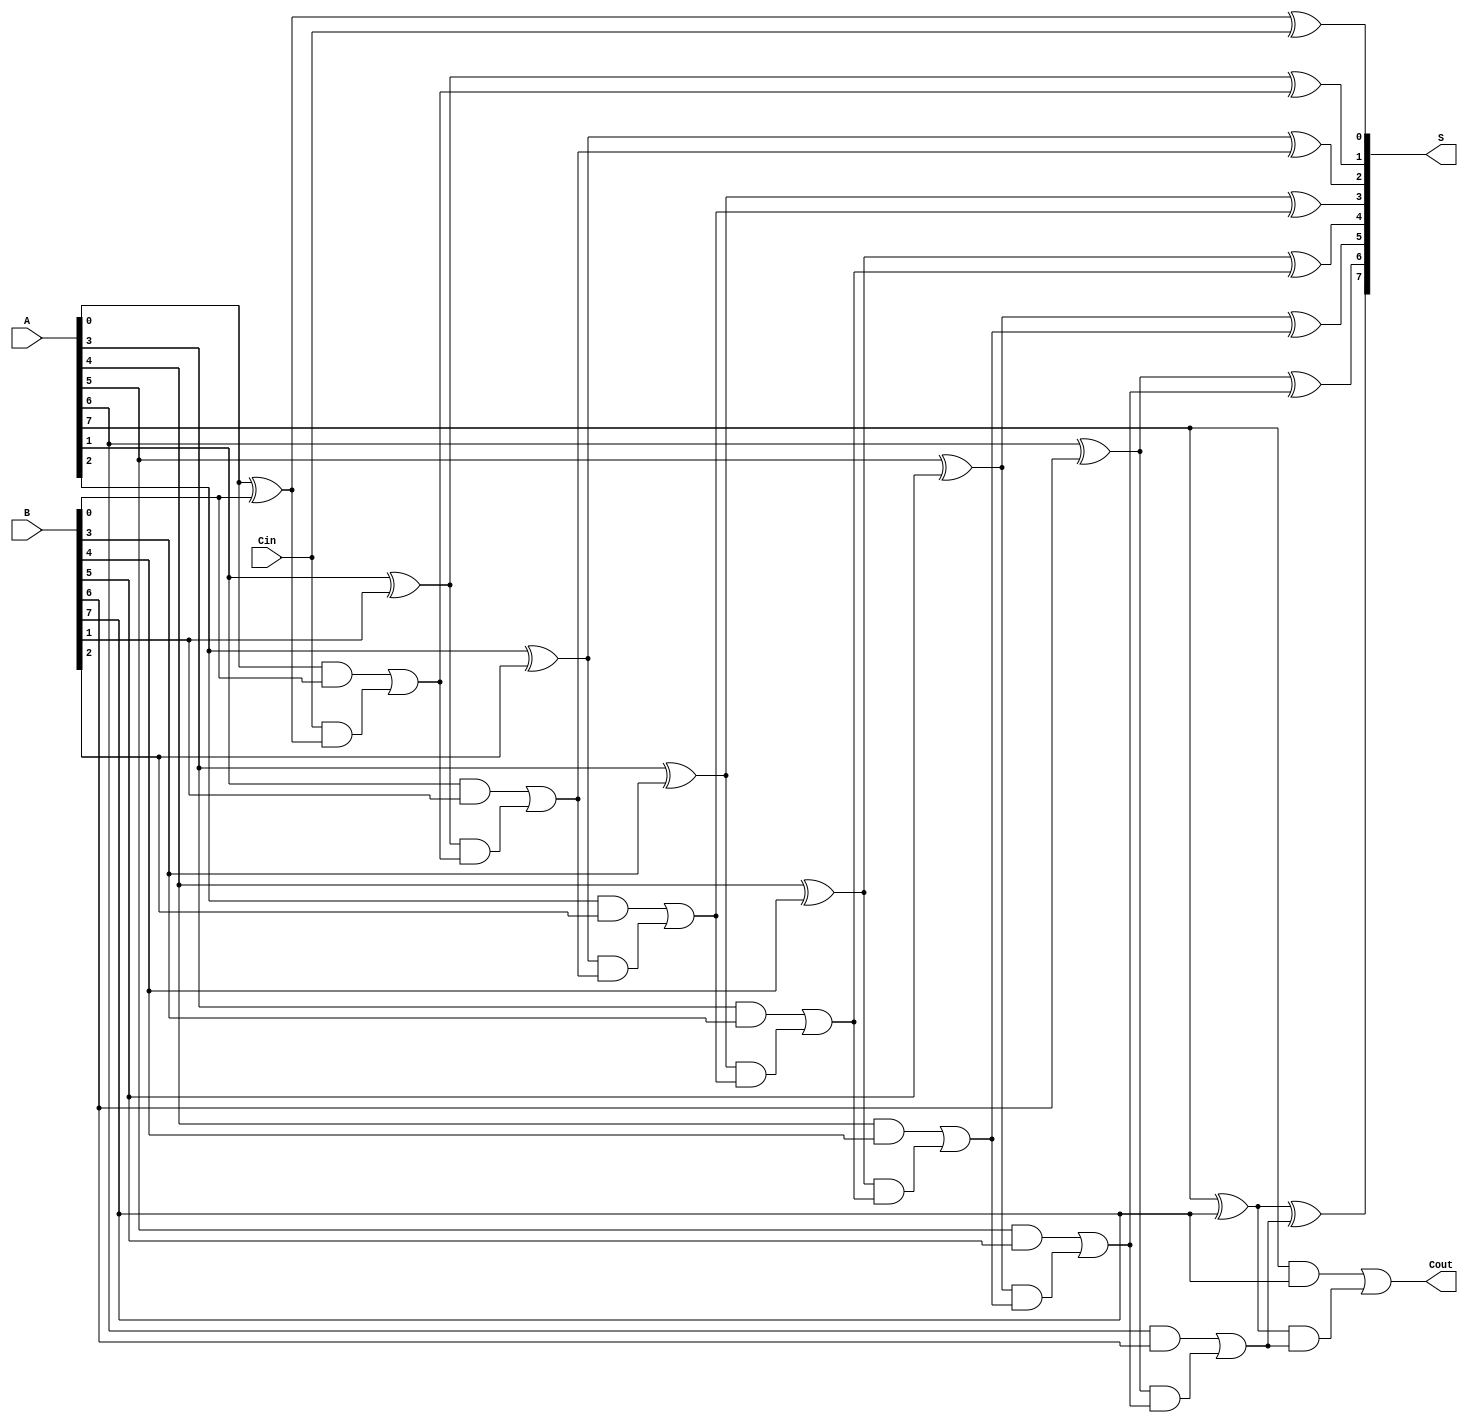
module han_carlson_adder #(parameter N = 8) (
    input  [N-1:0] A,        // First n-bit input
    input  [N-1:0] B,        // Second n-bit input
    input          Cin,       // Carry-in
    output [N-1:0] S,        // n-bit Sum output
    output         Cout       // Carry-out
);
    // Internal wires for carry generation
    wire [N-1:0] C;          // Carry for each bit

    // Generate the carry for the least significant bit
    assign C[0] = (A[0] & B[0]) | (Cin & (A[0] ^ B[0]));

    // Generate the carry for subsequent bits
    genvar i;
    generate
        for (i = 1; i < N; i = i + 1) begin : carry_generation
            assign C[i] = (A[i] & B[i]) | ((A[i] ^ B[i]) & C[i-1]);
        end
    endgenerate

    // Calculate the sum for each bit position
    genvar j;
    generate
        for (j = 0; j < N; j = j + 1) begin : sum_generation
            assign S[j] = A[j] ^ B[j] ^ (j == 0 ? Cin : C[j-1]);
        end
    endgenerate

    // Carry-out is the carry of the last bit
    assign Cout = C[N-1];

endmodule